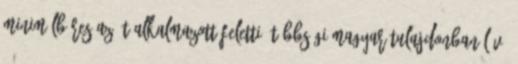
minimálbéres Az öt alkalmazott feletti, többségi magyar tulajdonban lévő